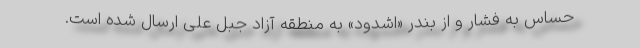
حساس به فشار و از بندر «اشدود» به منطقه آزاد جبل علی ارسال شده است.